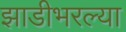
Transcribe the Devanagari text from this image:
झाडीभरल्या